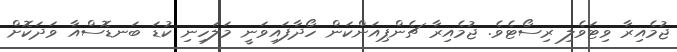
ޖުމެއިރާ ވިޓަވެލި ރިސޯޓެވެ. ޖުމެއިރާ ޗެންޕިއަންކަން ހޯދާފައިވަނީ މަލަހިނި ކުޑަ ބަނޑޮސްއާ ވަދަކޮށް